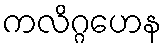
ကလိဂ္ဂဟေန